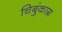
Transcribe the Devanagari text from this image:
चिबुंकाग्र